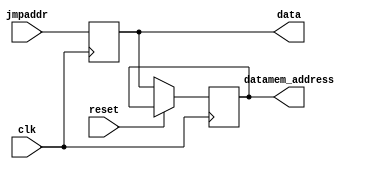
module PC(clk,reset,jmpaddr,data,datamem_address);
	input [7:0] jmpaddr;
	input clk, reset;
	output reg [7:0] data,datamem_address;

	reg [7:0] temp;

	always@(posedge clk)
	begin
   		if(reset==1)
            		temp = 8'h00;
       		else //untuk jump
			datamem_address = temp; //kirim current add
            		temp = jmpaddr;
	end
	assign data = temp;
endmodule